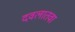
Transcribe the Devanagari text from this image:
दवलातवा